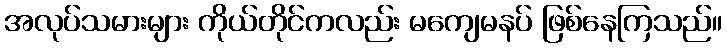
အလုပ်သမားများ ကိုယ်တိုင်ကလည်း မကျေမနပ် ဖြစ်နေကြသည်။